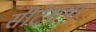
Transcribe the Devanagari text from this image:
सीटेशया